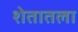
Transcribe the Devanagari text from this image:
शेतातला